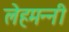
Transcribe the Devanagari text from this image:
लेहमन्नी